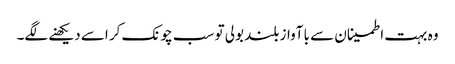
وہ بہت اطمینان سے با آواز بلند بولی تو سب چونک کر اسے دیکھنے لگے۔